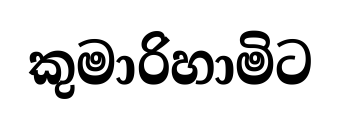
කුමාරිහාමිට